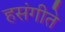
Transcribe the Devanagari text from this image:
हसंगीते